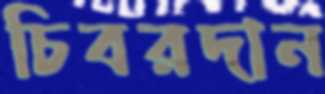
চিবরদান